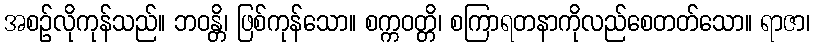
အစဉ်လိုကုန်သည်။ ဘဝန္တိ၊ ဖြစ်ကုန်သော။ စက္ကဝတ္တိ၊ စကြာရတနာကိုလည်စေတတ်သော။ ရာဇာ၊